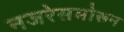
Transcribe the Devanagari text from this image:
नजरेसमोरून